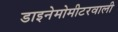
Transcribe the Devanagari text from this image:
डाइनेमोमीटरवाली